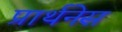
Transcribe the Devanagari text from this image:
प्रार्थनेस